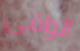
الواقى